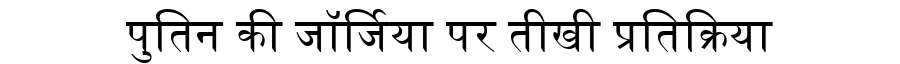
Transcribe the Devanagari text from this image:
पुतिन की जॉर्जिया पर तीखी प्रतिक्रिया